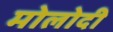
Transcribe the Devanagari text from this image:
मोलोदी